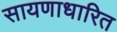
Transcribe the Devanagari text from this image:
सायणाधारित